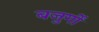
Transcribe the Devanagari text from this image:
बजुर्गों